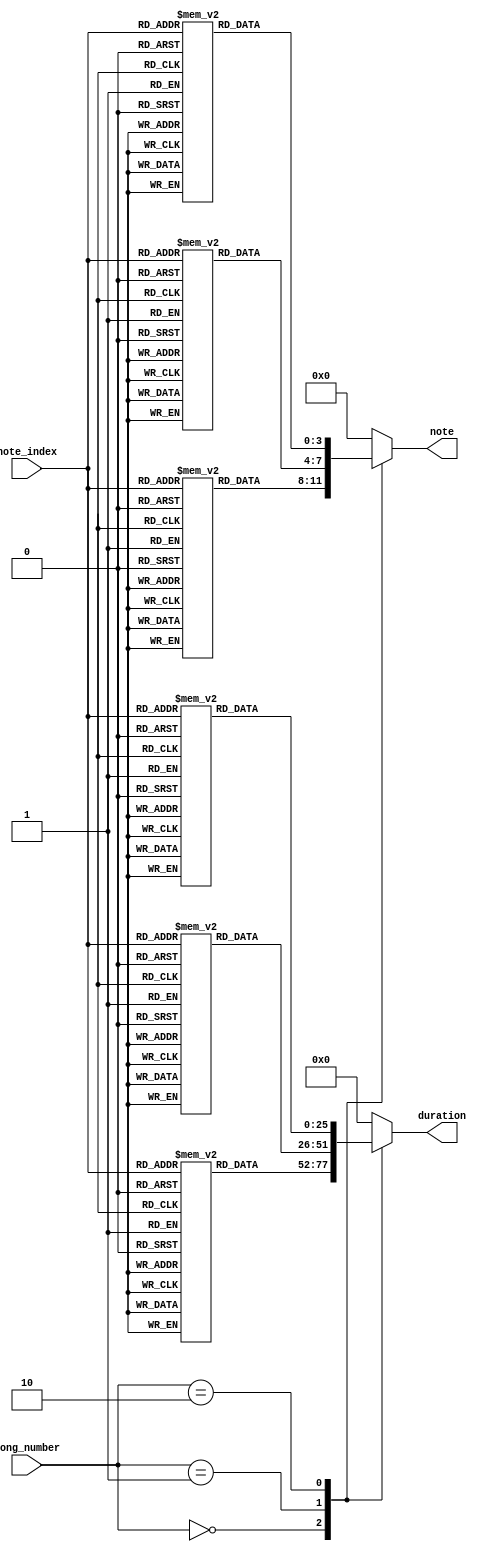
module songlib(
    input [1:0] song_number,  // Input to select which song
    input [4:0] note_index,   // Input to select the note index
    output reg [3:0] note,    // Output for the note
    output reg [25:0] duration // Output for the duration
);

// Arrays for "Ode to Joy"
reg [3:0] song1_notes[0:25];
reg [25:0] song1_durations[0:25];

// Arrays for "Happy Birthday"
reg [3:0] song2_notes[0:25];
reg [25:0] song2_durations[0:25];

// Arrays for "Mary Had a Little Lamb"
reg [3:0] song3_notes[0:25];
reg [25:0] song3_durations[0:25];

initial begin
    // Initialize "Ode to Joy"
    song1_notes[0] <= 5'd2;  song1_durations[0] <= 50000000;  // E
    song1_notes[1] <= 5'd2;  song1_durations[1] <= 50000000;  // E
    song1_notes[2] <= 5'd3;  song1_durations[2] <= 50000000;  // F
    song1_notes[3] <= 5'd4;  song1_durations[3] <= 50000000;  // G
    song1_notes[4] <= 5'd4;  song1_durations[4] <= 50000000;  // G
    song1_notes[5] <= 5'd3;  song1_durations[5] <= 50000000;  // F
    song1_notes[6] <= 5'd2;  song1_durations[6] <= 50000000;  // E
    song1_notes[7] <= 5'd1;  song1_durations[7] <= 50000000;  // D
    song1_notes[8] <= 5'd0;  song1_durations[8] <= 50000000;  // C
    song1_notes[9] <= 5'd0;  song1_durations[9] <= 50000000;  // C
    song1_notes[10] <= 5'd1; song1_durations[10] <= 50000000; // D
    song1_notes[11] <= 5'd2; song1_durations[11] <= 50000000; // E
    song1_notes[12] <= 5'd2; song1_durations[12] <= 75000000; // E (longer duration)
    song1_notes[13] <= 5'd1; song1_durations[13] <= 50000000; // D
    song1_notes[14] <= 5'd1; song1_durations[14] <= 50000000; // D
    song1_notes[15] <= 5'd2; song1_durations[15] <= 50000000; // E
    song1_notes[16] <= 5'd4; song1_durations[16] <= 50000000; // G
    song1_notes[17] <= 5'd3; song1_durations[17] <= 50000000; // F
    song1_notes[18] <= 5'd2; song1_durations[18] <= 50000000; // E
    song1_notes[19] <= 5'd1; song1_durations[19] <= 50000000; // D
    song1_notes[20] <= 5'd0; song1_durations[20] <= 50000000; // C
    song1_notes[21] <= 5'd0; song1_durations[21] <= 50000000; // C
    song1_notes[22] <= 5'd1; song1_durations[22] <= 50000000; // D
    song1_notes[23] <= 5'd2; song1_durations[23] <= 50000000; // E
    song1_notes[24] <= 5'd1; song1_durations[24] <= 75000000; // D (longer duration)
    song1_notes[25] <= 5'd0; song1_durations[25] <= 75000000; // C (longer duration)

    // "Happy Birthday" melody
    // Notes are represented with indices; higher octave notes are 7 indices higher
    song2_notes[0] <= 5'd0;  song2_durations[0] <= 50000000;  // C
    song2_notes[1] <= 5'd0;  song2_durations[1] <= 50000000;  // C
    song2_notes[2] <= 5'd2;  song2_durations[2] <= 50000000;  // E
    song2_notes[3] <= 5'd0;  song2_durations[3] <= 50000000;  // C
    song2_notes[4] <= 5'd5;  song2_durations[4] <= 50000000;  // A (higher octave)
    song2_notes[5] <= 5'd4;  song2_durations[5] <= 100000000; // G
    song2_notes[6] <= 5'd0;  song2_durations[6] <= 50000000;  // C
    song2_notes[7] <= 5'd0;  song2_durations[7] <= 50000000;  // C
    song2_notes[8] <= 5'd2;  song2_durations[8] <= 50000000;  // E
    song2_notes[9] <= 5'd0;  song2_durations[9] <= 50000000;  // C
    song2_notes[10] <= 5'd7; song2_durations[10] <= 50000000; // C5 (higher octave)
    song2_notes[11] <= 5'd5; song2_durations[11] <= 100000000; // A (higher octave)
    song2_notes[12] <= 5'd0; song2_durations[12] <= 50000000;  // C
    song2_notes[13] <= 5'd0; song2_durations[13] <= 50000000;  // C
    song2_notes[14] <= 5'd14;song2_durations[14] <= 50000000; // C6 (higher octave)
    song2_notes[15] <= 5'd10;song2_durations[15] <= 50000000; // F5 (higher octave)
    song2_notes[16] <= 5'd5; song2_durations[16] <= 50000000;  // A (higher octave)
    song2_notes[17] <= 5'd4; song2_durations[17] <= 50000000;  // G
    song2_notes[18] <= 5'd7; song2_durations[18] <= 50000000;  // C5 (higher octave)
    song2_notes[19] <= 5'd9; song2_durations[19] <= 50000000;  // E5 (higher octave)
    song2_notes[20] <= 5'd10;song2_durations[20] <= 50000000; // F5 (higher octave)
    song2_notes[21] <= 5'd5; song2_durations[21] <= 50000000;  // A (higher octave)
    song2_notes[22] <= 5'd7; song2_durations[22] <= 50000000;  // C5 (higher octave)
    song2_notes[23] <= 5'd4; song2_durations[23] <= 100000000; // G
    song2_notes[24] <= 5'd4; song1_durations[24] <= 100000000; // 
    song2_notes[25] <= 5'd4; song1_durations[25] <= 100000000; // 


        // "Mary Had a Little Lamb" with varied durations
    song3_notes[0] <= 5'd2;  song3_durations[0] <= 25000000;  // E, short
    song3_notes[1] <= 5'd1;  song3_durations[1] <= 75000000;  // D, long
    song3_notes[2] <= 5'd0;  song3_durations[2] <= 25000000;  // C, short
    song3_notes[3] <= 5'd1;  song3_durations[3] <= 25000000;  // D, short
    song3_notes[4] <= 5'd2;  song3_durations[4] <= 25000000;  // E, short
    song3_notes[5] <= 5'd2;  song3_durations[5] <= 25000000;  // E, short
    song3_notes[6] <= 5'd2;  song3_durations[6] <= 75000000;  // E, long
    song3_notes[7] <= 5'd1;  song3_durations[7] <= 25000000;  // D, short
    song3_notes[8] <= 5'd1;  song3_durations[8] <= 25000000;  // D, short
    song3_notes[9] <= 5'd1;  song3_durations[9] <= 75000000;  // D, long
    song3_notes[10] <= 5'd2; song3_durations[10] <= 25000000; // G, short
    song3_notes[11] <= 5'd4; song3_durations[11] <= 75000000; // G, long
    song3_notes[12] <= 5'd2; song3_durations[12] <= 25000000; // E, short
    song3_notes[13] <= 5'd1; song3_durations[13] <= 75000000; // D, long
    song3_notes[14] <= 5'd0; song3_durations[14] <= 25000000; // C, short
    song3_notes[15] <= 5'd1; song3_durations[15] <= 25000000; // D, short
    song3_notes[16] <= 5'd2; song3_durations[16] <= 25000000; // E, short
    song3_notes[17] <= 5'd2; song3_durations[17] <= 25000000; // E, short
    song3_notes[18] <= 5'd2; song3_durations[18] <= 75000000; // E, long
    song3_notes[19] <= 5'd1; song3_durations[19] <= 25000000; // D, short
    song3_notes[20] <= 5'd2; song3_durations[20] <= 25000000; // E, short
    song3_notes[21] <= 5'd1; song3_durations[21] <= 75000000; // D, long
    song3_notes[22] <= 5'd0; song3_durations[22] <= 25000000; // C, short
    song3_notes[23] <= 5'd0; song3_durations[23] <= 25000000; // 
    song3_notes[24] <= 5'd0; song3_durations[24] <= 25000000; // 
    song3_notes[25] <= 5'd0; song3_durations[25] <= 25000000; // 
end

// Logic to output the note and duration
always @(*) begin
    case(song_number)
        2'b00: begin
            note = song1_notes[note_index];
            duration = song1_durations[note_index];
        end
        2'b01: begin
            note = song2_notes[note_index];
            duration = song2_durations[note_index];
        end
        2'b10: begin
            note = song3_notes[note_index];
            duration = song3_durations[note_index];
        end
        default: begin
            note = 4'd0;
            duration = 26'd0;
        end
    endcase
end

endmodule